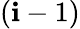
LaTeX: (\mathbf{i}-1)